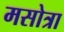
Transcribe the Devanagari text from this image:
मसोत्रा